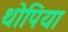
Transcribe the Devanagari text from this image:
थोपिया